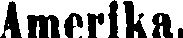
Amerika.